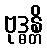
ဗုဒ္ဓန္တိ